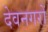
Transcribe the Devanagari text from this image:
देवनगरों